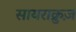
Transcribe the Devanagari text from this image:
सायराक्रुज़